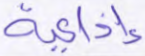
إذاعية